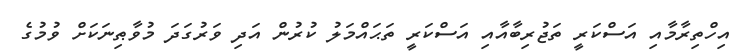
އިހްތިރާމާއި އަސްކަރީ ތަޖުރިބާއާއި އަސްކަރީ ތަޙައްމަލު ކުރުން އަދި ވަރުގަދަ މުވާޠިނަކަށް ވުމުގެ